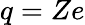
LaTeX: q=Ze